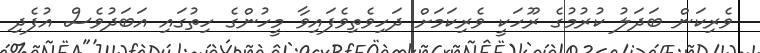
ވެރިކަން ބަދަލު ކުރުމުގެ ރޫހަކީ ވެރިކަމަށް ދަހިވެތިވެފައިވާ މީހުންގެ ހިތުގައި އަބަދުވެސް އުފެދި